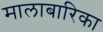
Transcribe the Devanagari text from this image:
मालाबारिका